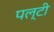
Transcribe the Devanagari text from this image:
पल्टी